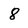
Character: 8